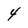
Character: 4